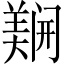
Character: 𲉇